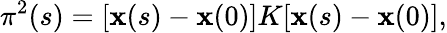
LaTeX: \pi^{2}(s)=[\mathbf{x}(s)-\mathbf{x}(0)]K[\mathbf{x}(s)-\mathbf{x}(0)],